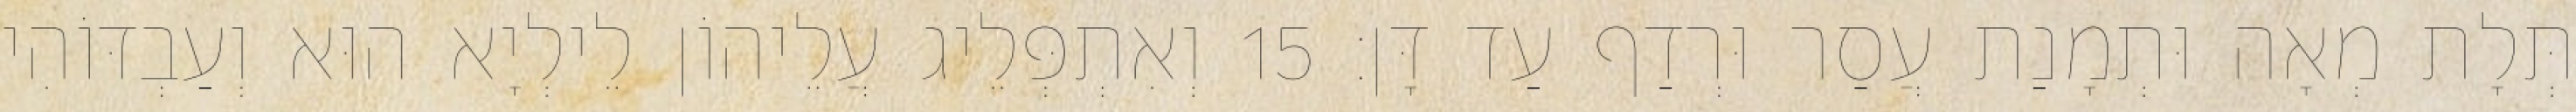
תְּלָת מְאָה וּתְמָנַת עֲסַר וּרְדַף עַד דָּן׃ 15 וְאִתְפְּלֵיג עֲלֵיהוֹן לֵילְיָא הוּא וְעַבְדּוֹהִי